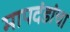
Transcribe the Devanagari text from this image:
मापदंडांचा